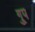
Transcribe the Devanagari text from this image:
गु्प